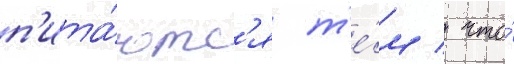
п'ита́ютс'я т'е́м / что́